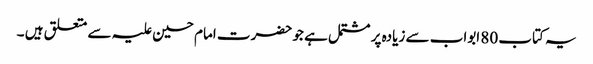
یہ کتاب 80 ابواب سے زیادہ پر مشتمل ہے جو حضرت امام حسین علیہ سے متعلق ہیں ۔